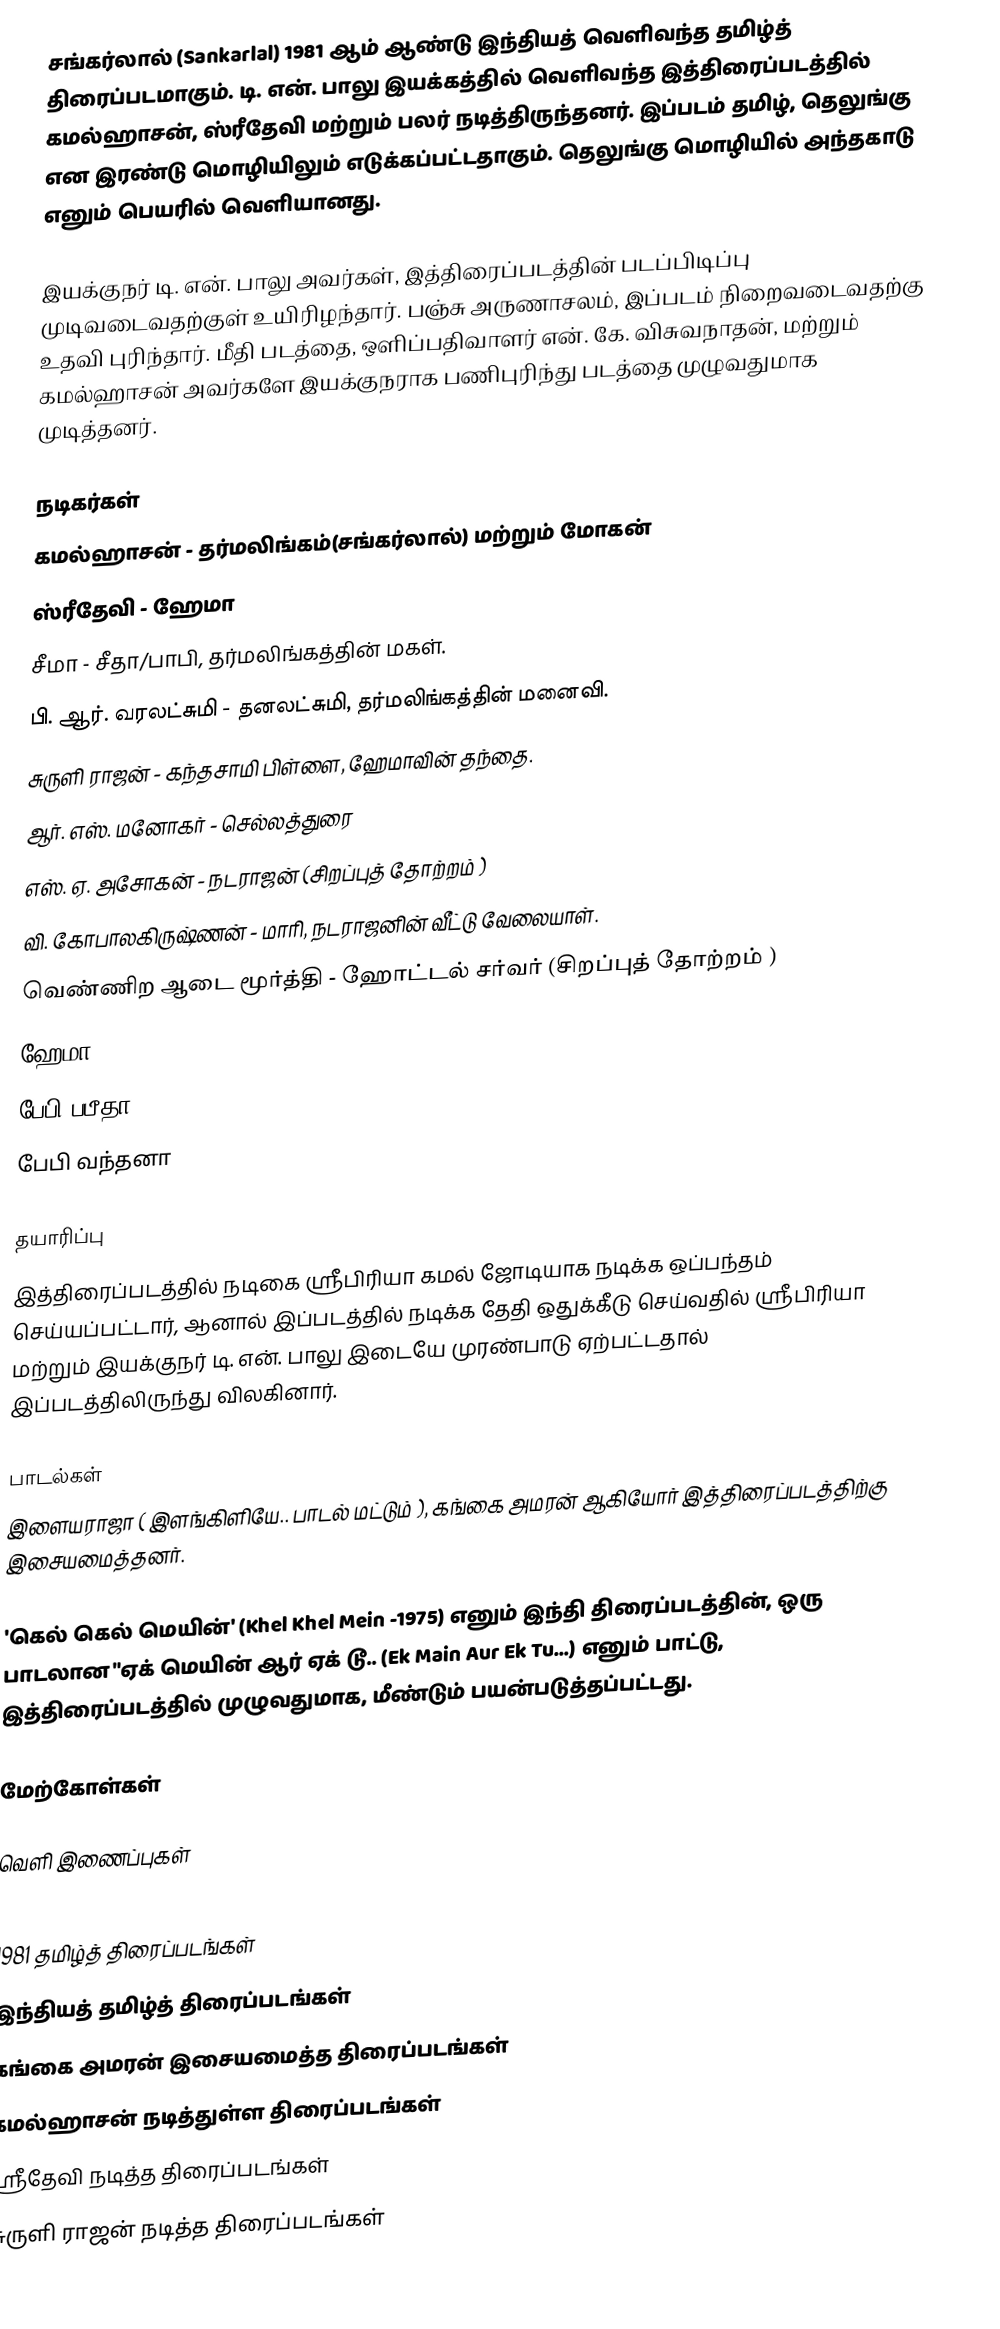
சங்கர்லால் (Sankarlal) 1981 ஆம் ஆண்டு இந்தியத் வெளிவந்த தமிழ்த் திரைப்படமாகும். டி. என். பாலு இயக்கத்தில் வெளிவந்த இத்திரைப்படத்தில் கமல்ஹாசன், ஸ்ரீதேவி மற்றும் பலர் நடித்திருந்தனர். இப்படம் தமிழ், தெலுங்கு என இரண்டு மொழியிலும் எடுக்கப்பட்டதாகும். தெலுங்கு மொழியில் அந்தகாடு எனும் பெயரில் வெளியானது.

இயக்குநர் டி. என். பாலு அவர்கள், இத்திரைப்படத்தின் படப்பிடிப்பு முடிவடைவதற்குள் உயிரிழந்தார். பஞ்சு அருணாசலம், இப்படம் நிறைவடைவதற்கு உதவி புரிந்தார். மீதி படத்தை, ஒளிப்பதிவாளர் என். கே. விசுவநாதன், மற்றும் கமல்ஹாசன் அவர்களே இயக்குநராக பணிபுரிந்து படத்தை முழுவதுமாக முடித்தனர்.

நடிகர்கள்
கமல்ஹாசன் - தர்மலிங்கம்(சங்கர்லால்) மற்றும்  மோகன்
ஸ்ரீதேவி - ஹேமா
சீமா - சீதா/பாபி, தர்மலிங்கத்தின் மகள்.
பி. ஆர். வரலட்சுமி - தனலட்சுமி, தர்மலிங்கத்தின் மனைவி.
சுருளி ராஜன் - கந்தசாமி பிள்ளை, ஹேமாவின் தந்தை.
ஆர். எஸ். மனோகர் - செல்லத்துரை
 எஸ். ஏ. அசோகன் - நடராஜன் (சிறப்புத் தோற்றம் )
 வி. கோபாலகிருஷ்ணன் - மாரி, நடராஜனின் வீட்டு வேலையாள்.
 வெண்ணிற ஆடை மூர்த்தி - ஹோட்டல் சர்வர் (சிறப்புத் தோற்றம் )
 ஹேமா
 பேபி பபீதா
 பேபி வந்தனா

தயாரிப்பு
இத்திரைப்படத்தில் நடிகை ஸ்ரீபிரியா கமல் ஜோடியாக நடிக்க ஒப்பந்தம் செய்யப்பட்டார், ஆனால் இப்படத்தில் நடிக்க தேதி ஒதுக்கீடு செய்வதில் ஸ்ரீபிரியா மற்றும் இயக்குநர் டி. என். பாலு இடையே முரண்பாடு ஏற்பட்டதால் இப்படத்திலிருந்து விலகினார்.

பாடல்கள்
இளையராஜா ( இளங்கிளியே.. பாடல் மட்டும் ), கங்கை அமரன் ஆகியோர் இத்திரைப்படத்திற்கு இசையமைத்தனர்.

'கெல் கெல் மெயின்' (Khel Khel Mein -1975) எனும் இந்தி திரைப்படத்தின், ஒரு பாடலான "ஏக் மெயின் ஆர் ஏக் டூ.. (Ek Main Aur Ek Tu…) எனும் பாட்டு, இத்திரைப்படத்தில் முழுவதுமாக, மீண்டும் பயன்படுத்தப்பட்டது.

மேற்கோள்கள்

வெளி இணைப்புகள்

1981 தமிழ்த் திரைப்படங்கள்
இந்தியத் தமிழ்த் திரைப்படங்கள்
கங்கை அமரன் இசையமைத்த திரைப்படங்கள்
கமல்ஹாசன் நடித்துள்ள திரைப்படங்கள்
ஸ்ரீதேவி நடித்த திரைப்படங்கள்
சுருளி ராஜன் நடித்த திரைப்படங்கள்